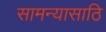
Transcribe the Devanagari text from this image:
सामन्यासाठि